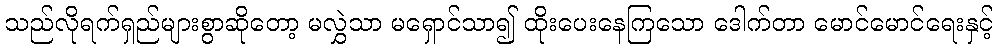
သည်လိုရက်ရှည်များစွာဆိုတော့ မလွှဲသာ မရှောင်သာ၍ ထိုးပေးနေကြသော ဒေါက်တာ မောင်မောင်ရေးနှင့်